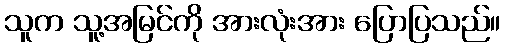
သူက သူ့အမြင်ကို အားလုံးအား ပြောပြသည်။